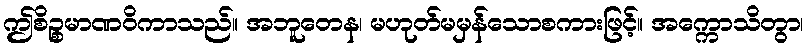
ဤစိဉ္စမာဏဝိကာသည်။ အဘူတေန၊ မဟုတ်မမှန်သောစကားဖြင့်။ အက္ကောသိတွာ၊